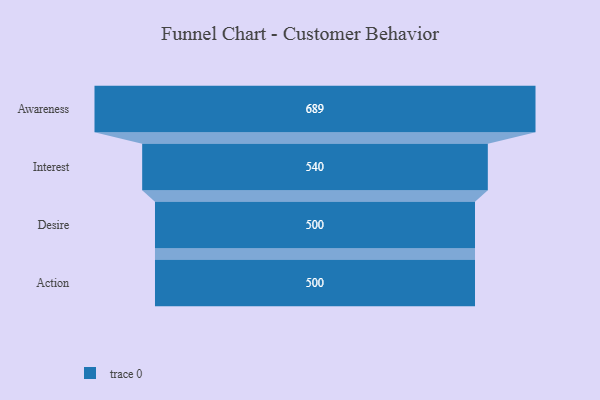
{"axis": {"x": "Stage", "y": "Value"}, "legend": [""], "data": [{"x": "Awareness", "y": 689.0, "type": ""}, {"x": "Interest", "y": 540.0, "type": ""}, {"x": "Desire", "y": 500, "type": ""}, {"x": "Action", "y": 500, "type": ""}]}